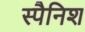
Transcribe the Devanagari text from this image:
स्‍पैनिश